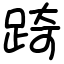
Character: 踦